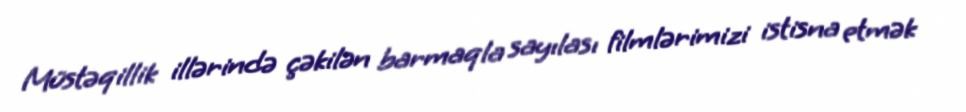
Müstəqillik illərində çəkilən barmaqla sayılası filmlərimizi istisna etmək